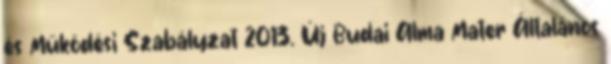
és Működési Szabályzat 2013. Új Budai Alma Mater Általános